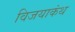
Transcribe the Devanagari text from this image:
विजयाकंथ